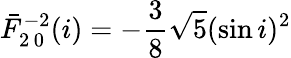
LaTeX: \bar{F}_{2\, 0}^{-2}(i)=-\frac{3}{8}\sqrt{5}(\sin i)^{2}